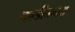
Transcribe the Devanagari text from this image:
काडीकचरा